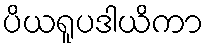
ပိယရူပဒါယိကာ